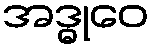
အဒ္ဓုဝေ